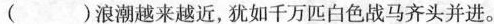
( )浪潮越来越近，犹如千万匹白色战马齐头并进。